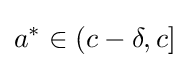
a^{*}\in (c-\delta ,c]